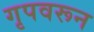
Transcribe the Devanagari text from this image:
गृपवरून